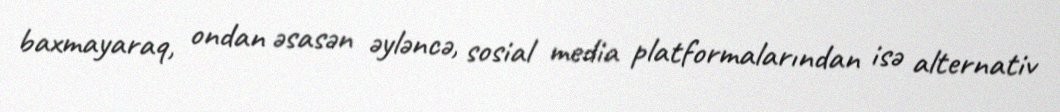
baxmayaraq, ondan əsasən əyləncə, sosial media platformalarından isə alternativ